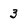
Character: 3